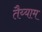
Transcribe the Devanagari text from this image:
तैय्याम